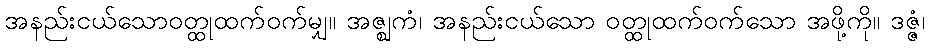
အနည်းငယ်သောဝတ္ထုထက်ဝက်မျှ။ အဇ္ဈကံ၊ အနည်းငယ်သော ဝတ္ထုထက်ဝက်သော အဖို့ကို။ ဒဇ္ဇံ၊